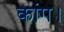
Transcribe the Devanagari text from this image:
कांग।